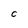
Character: C